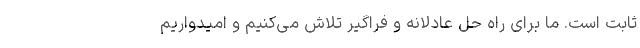
ثابت است. ما برای راه حل عادلانه و فراگیر تلاش می‌کنیم و امیدواریم